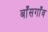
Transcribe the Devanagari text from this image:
बाँसगाँव